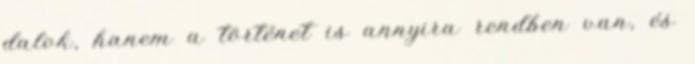
dalok, hanem a történet is annyira rendben van, és